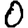
Digit: 0